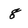
Character: 8